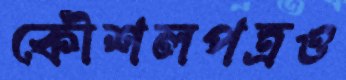
কৌশলপত্রও